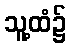
သူ့ထံ၌